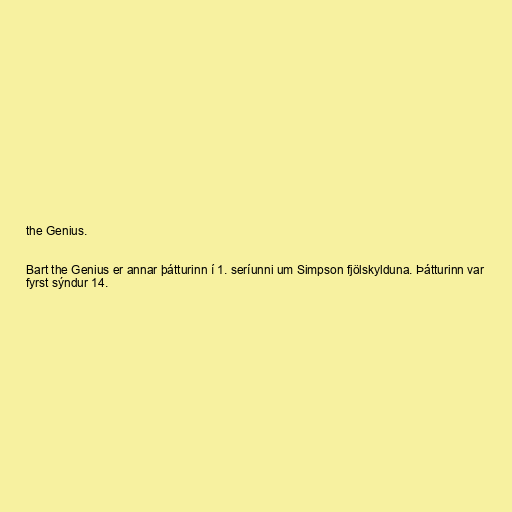
the Genius.

Bart the Genius er annar þátturinn í 1. seríunni um Simpson fjölskylduna. Þátturinn var
fyrst sýndur 14.